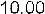
10.00